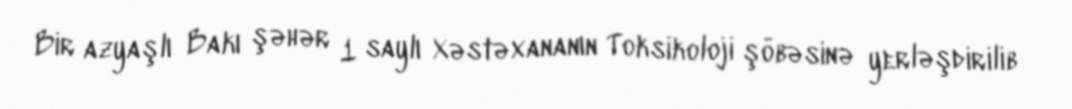
Bir azyaşlı Bakı şəhər 1 saylı Xəstəxananın Toksikoloji şöbəsinə yerləşdirilib